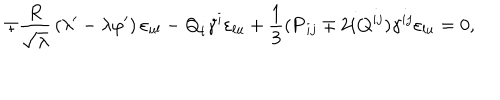
\mp { \frac { R } { \sqrt { \lambda } } } \left( \lambda ^ { \prime } - \lambda \varphi ^ { \prime } \right) \varepsilon _ { u l } - { \bf Q } _ { i } \gamma ^ { i } \varepsilon _ { l u } + { \frac { 1 } { 3 } } ( { \bf P } _ { i j } \mp 2 i { \bf Q } ^ { i j } ) \gamma ^ { i j } \varepsilon _ { l u } = 0 ,